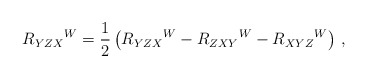
\begin{align*}R_{YZX}{}^W =\frac 12\left( R_{YZX}{}^W - R_{ZXY}{}^W- R_{XYZ}{}^W\right)\,, \end{align*}